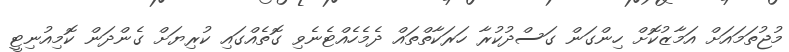
މުޖުތަމައަށް އަމާޒުކޮށް ހިންގަން ގަސްދުކުރާ ހަރަކާތްތައް ދެމެހެއްޓެނެވި ގޮތެއްގައި ކުރިޔަށް ގެންދަން ކޮމިއުނިޓީ